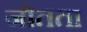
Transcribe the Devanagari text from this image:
जोतता